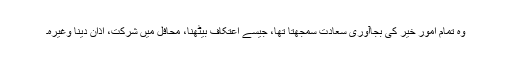
وہ تمام اُمورِ خیر کی بجاآوری سعادت سمجھتا تھا، جیسے اعتکاف بیٹھنا، محافل میں شرکت، اذان دینا وغیرہ۔